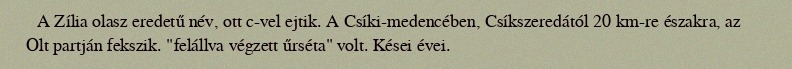
A Zília olasz eredetű név, ott c-vel ejtik. A Csíki-medencében, Csíkszeredától 20 km-re északra, az Olt partján fekszik. "felállva végzett űrséta" volt. Kései évei.